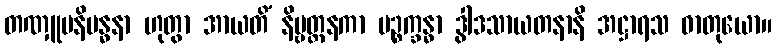
တဏှူပနိဗန္ဓနာ ဟုတွာ အာယတိံ နိဗ္ဗတ္တနကာ ပဉ္စက္ခန္ဓာ ဒွါဒသာယတနာနိ အဋ္ဌာရသ ဓာတုယော။